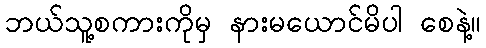
ဘယ်သူ့စကားကိုမှ နားမယောင်မိပါ စေနဲ့။